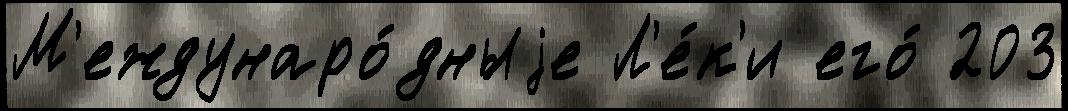
М'еждунаро́дныjе Л'е́к'и его́ 203